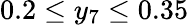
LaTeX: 0.2\leq y_{7}\leq 0.35